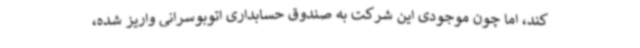
کند، اما چون موجودی این شرکت به صندوق حسابداری اتوبوسرانی واریز شده،